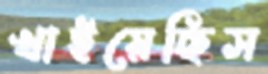
খাইয়েছিস